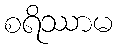
စရိဿာမ